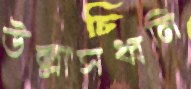
উল্লাসধ্বনি